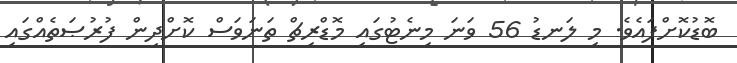
ބޮޑުކޮށްފައެވެ. މި ލަނޑު 56 ވަނަ މިނެޓުގައި މޮޑްރިޗް ތަނަވަސް ކޮށްދިން ފުރުޞަތެއްގައި